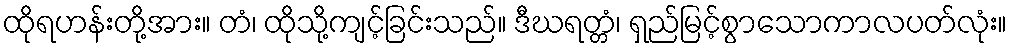
ထိုရဟန်းတို့အား။ တံ၊ ထိုသို့ကျင့်ခြင်းသည်။ ဒီဃရတ္တံ၊ ရှည်မြင့်စွာသောကာလပတ်လုံး။